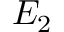
E _ { 2 }